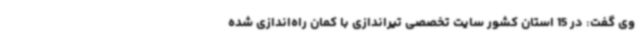
وی گفت: در 15 استان کشور سایت تخصصی تیراندازی با کمان راه‌اندازی شده